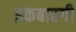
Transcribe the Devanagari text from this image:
इकबारगी